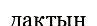
дақтың